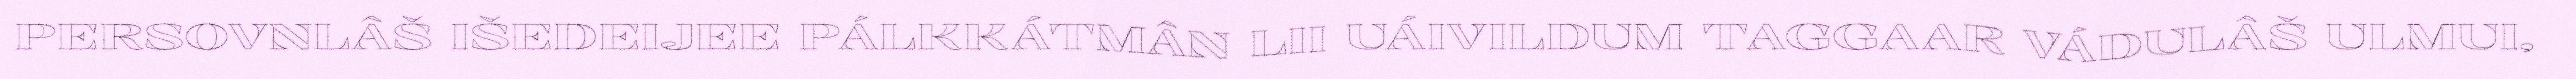
PERSOVNLÂŠ IŠEDEIJEE PÁLKKÁTMÂN LII UÁIVILDUM TAGGAAR VÁDULÂŠ ULMUI,